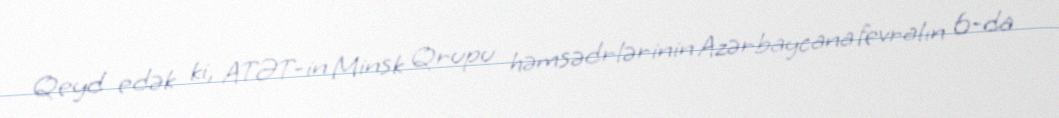
Qeyd edək ki, ATƏT-in Minsk Qrupu həmsədrlərinin Azərbaycana fevralın 6-da